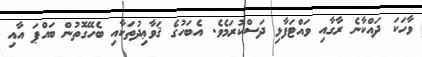
ވާހަކަ ދައްކާނެ ރާގާއި ވައްޓަފާޅި ދަސްކުރަމެވެ. އެބަހުގެ ޤަވާޢިދުތަކާއި ބެހޭގޮތުން ބައްޕަ އާއި